Punjab Mental Hospital Lahore 1922-31 - 1922-1931
Year: 1922
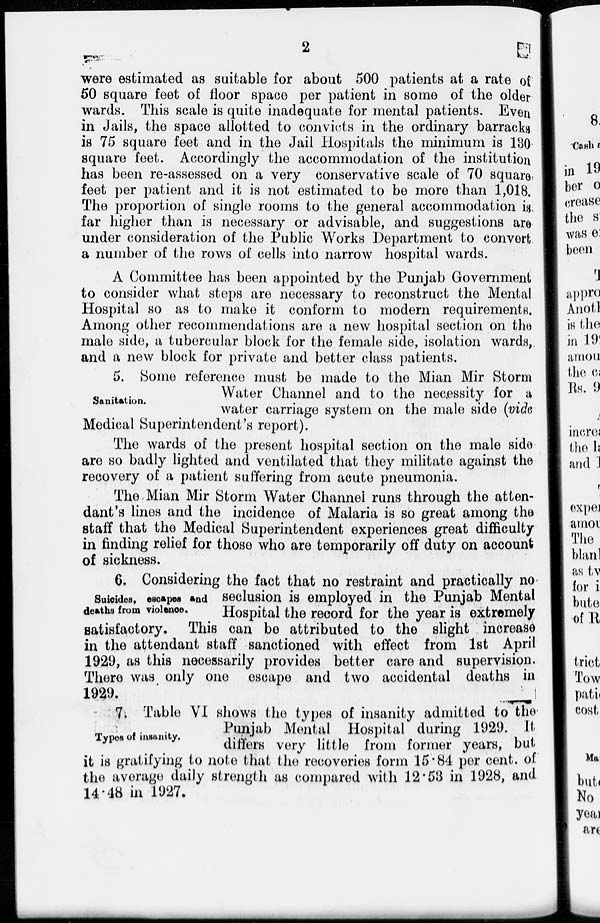
2
were estimated as suitable for about 500 patients at a rate of
50 square feet of floor space per patient in some of the older
wards. This scale is quite inadequate for mental patients. Even
in Jails, the space allotted to convicts in the ordinary barracks
is 75 square feet and in the Jail Hospitals the minimum is 130
square feet. Accordingly the accommodation of the institution
has been re-assessed on a very conservative scale of 70 square
feet per patient and it is not estimated to be more than 1,018.
The proportion of single rooms to the general accommodation is
far higher than is necessary or advisable, and suggestions are
under consideration of the Public Works Department to convert
a number of the rows of cells into narrow hospital wards.
A Committee has been appointed by the Punjab Government
to consider what steps are necessary to reconstruct the Mental
Hospital so as to make it conform to modern requirements.
Among other recommendations are a new hospital section on the
male side, a tubercular block for the female side, isolation wards,
and a new block for private and better class patients.
Sanitation.
5. Some reference must be made to the Mian Mir Storm
Water Channel and to the necessity for a
water carriage system on the male side (vide
Medical Superintendent's report).
The wards of the present hospital section on the male side
are so badly lighted and ventilated that they militate against the
recovery of a patient suffering from acute pneumonia.
The Mian Mir Storm Water Channel runs through the atten-
dant's lines and the incidence of Malaria is so great among the
staff that the Medical Superintendent experiences great difficulty
in finding relief for those who are temporarily off duty on account
of sickness.
Suicides, escapes and
deaths from violence.
6. Considering the fact that no restraint and practically no
seclusion is employed in the Punjab Mental
Hospital the record for the year is extremely
satisfactory. This can be attributed to the slight increase
in the attendant staff sanctioned with effect from 1st April
1929, as this necessarily provides better care and supervision.
There was only one escape and two accidental deaths in
1929.
Types of insanity.
7. Table VI shows the types of insanity admitted to the
Punjab Mental Hospital during 1929. It
differs very little from former years, but
it is gratifying to note that the recoveries form 15.84 per cent. of
the average daily strength as compared with 12.53 in 1928, and
14.48 in 1927.